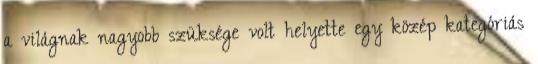
a világnak nagyobb szüksége volt helyette egy közép kategóriás